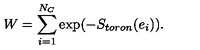
W = \sum _ { i = 1 } ^ { N _ { C } } \mathrm { e x p } ( - S _ { t o r o n } ( e _ { i } ) ) .